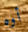
أوه